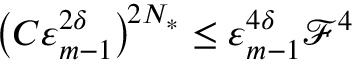
\bigl ( C \varepsilon _ { m - 1 } ^ { 2 \delta } \bigr ) ^ { \! 2 N _ { * } } \leq \varepsilon _ { m - 1 } ^ { 4 \delta } \mathcal { F } ^ { 4 }